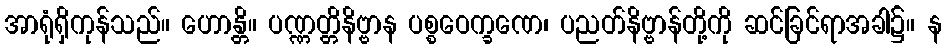
အာရုံရှိကုန်သည်။ ဟောန္တိ။ ပဏ္ဏတ္တိနိဗ္ဗာန ပစ္စဝေက္ခဏေ၊ ပညတ်နိဗ္ဗာန်တို့ကို ဆင်ခြင်ရာအခါ၌။ န